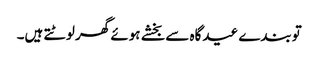
توبندے عیدگاہ سے بخشے ہوئے گھر لوٹتے ہیں۔